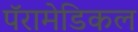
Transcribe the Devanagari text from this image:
पॅरामेडिकल